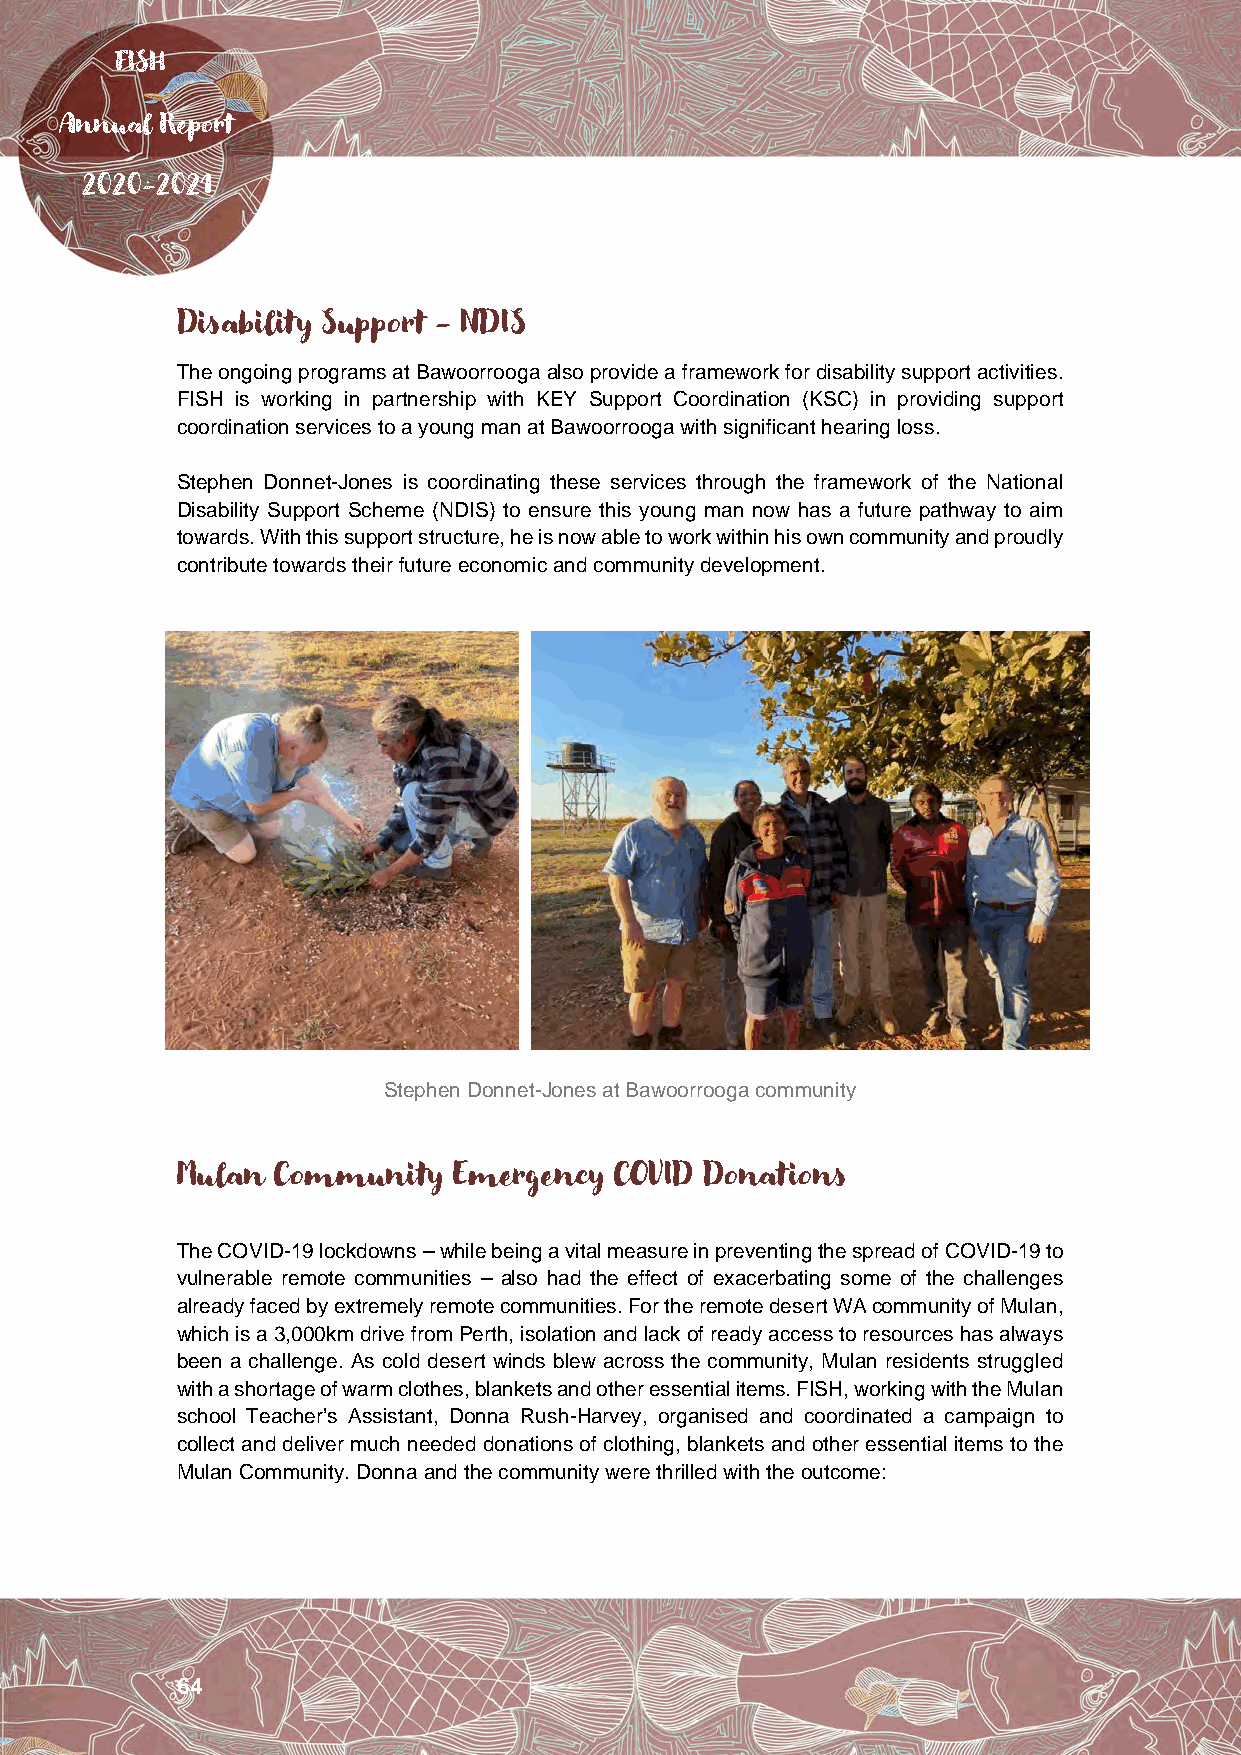
FISH
 Annual Report
 2020-2021
 Disability Support - NDIS
 The ongoing programs at Bawoorrooga also provide a framework for disability support activities.
 FISH is working in partnership with KEY Support Coordination (KSC) in providing support
 coordination services to a young man at Bawoorrooga with significant hearing loss.
 Stephen Donnet-Jones is coordinating these services through the framework of the National
 Disability Support Scheme (NDIS) to ensure this young man now has a future pathway to aim
 towards. With this support structure, he is now able to work within his own community and proudly
 contribute towards their future economic and community development.
 Stephen Donnet-Jones at Bawoorrooga community
 Mulan Community   Emergency  COVID Donations
 The COVID-19 lockdowns – while being a vital measure in preventing the spread of COVID-19 to
 vulnerable remote communities – also had the effect of exacerbating some of the challenges
 already faced by extremely remote communities. For the remote desert WA community of Mulan,
 which is a 3,000km drive from Perth, isolation and lack of ready access to resources has always
 been a challenge. As cold desert winds blew across the community, Mulan residents struggled
 with a shortage of warm clothes, blankets and other essential items. FISH, working with the Mulan
 school Teacher’s Assistant, Donna Rush-Harvey, organised and coordinated a campaign to
 collect and deliver much needed donations of clothing, blankets and other essential items to the
 Mulan Community. Donna and the community were thrilled with the outcome:
 64